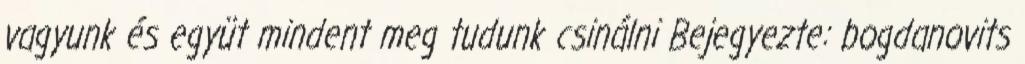
vagyunk és együt mindent meg tudunk csinálni Bejegyezte: bogdanovits